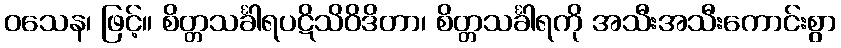
ဝသေန၊ ဖြင့်။ စိတ္တသင်္ခါရပဋိသိဝိဒိတာ၊ စိတ္တသင်္ခါရကို အသီးအသီးကောင်းစွာ